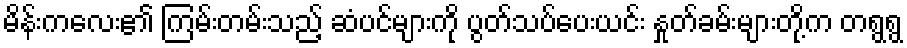
မိန်းကလေး၏ ကြမ်းတမ်းသည့် ဆံပင်များကို ပွတ်သပ်ပေးယင်း နှုတ်ခမ်းများတို့က တရွရွ